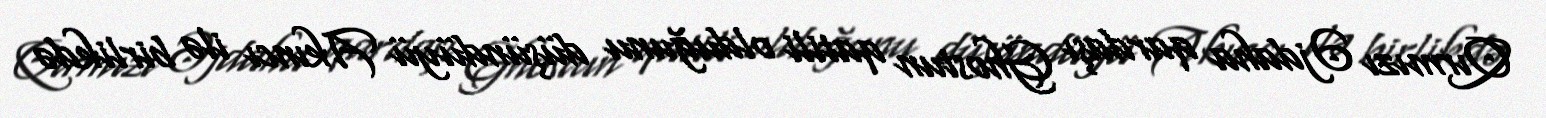
Qırmızı Əjdaha qardaşı Ghostun qatili olduğunu düşündüyü Akıncı ilə birlikdə